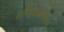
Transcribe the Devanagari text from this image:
मणिकाबंधिका